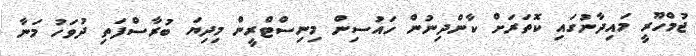
ޖުމްހޫރީ މައިދާނުގައި ކޮތަރަށް ކާންދިނުން ހައުސިން މިނިސްޓްރީން މިދިޔަ ބުރާސްފަތި ދުވަހު މަނާ